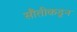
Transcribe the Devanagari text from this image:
सौतीकडून